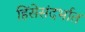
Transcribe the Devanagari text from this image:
हिंसेसंदर्भात